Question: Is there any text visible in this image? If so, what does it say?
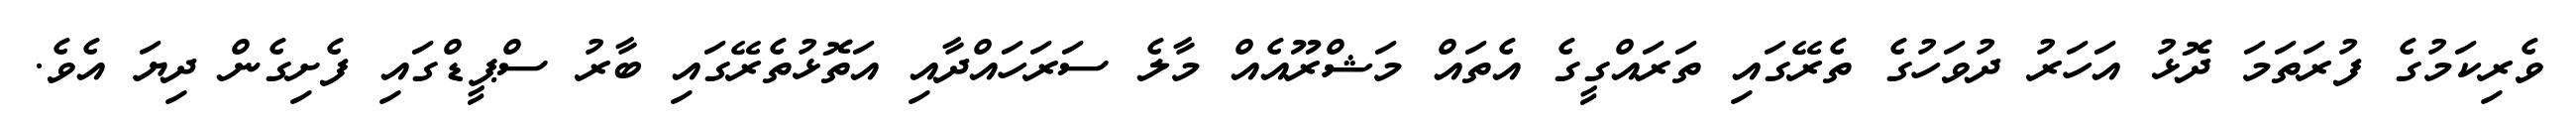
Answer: ވެރިކަމުގެ ފުރަތަމަ ދޮޅު އަހަރު ދުވަހުގެ ތެރޭގައި ތަރައްގީގެ އެތައް މަޝްރޫއެއް މާލެ ސަރަހައްދާއި އަތޮޅުތެރޭގައި ބާރު ސްޕީޑްގައި ފެށިގެން ދިޔަ އެވެ.